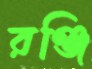
রঞ্জি